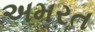
અમરત